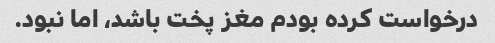
درخواست کرده بودم مغز پخت باشد، اما نبود.